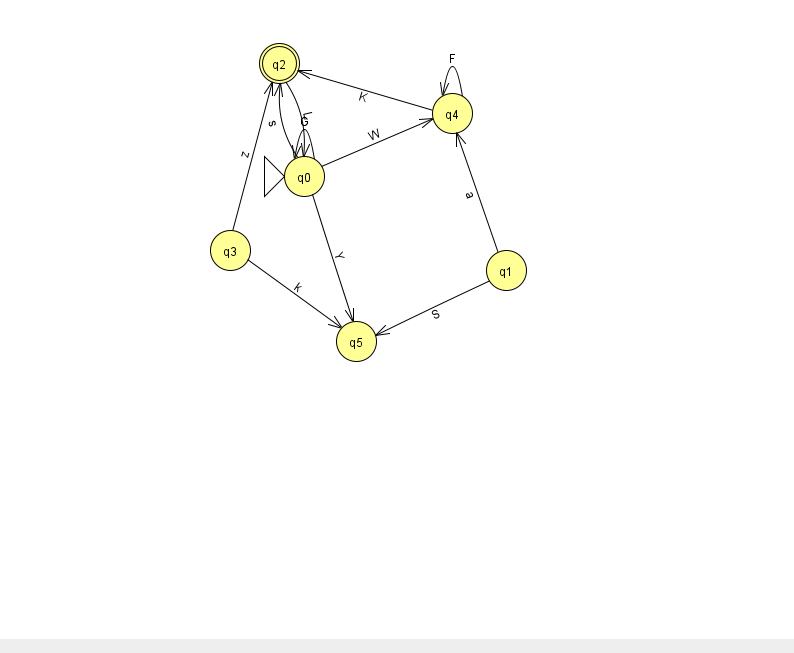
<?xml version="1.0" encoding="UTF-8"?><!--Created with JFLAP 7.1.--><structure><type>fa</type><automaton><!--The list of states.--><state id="0" name="q0"><x>304.0</x><y>163.0</y><initial/></state><state id="1" name="q1"><x>506.0</x><y>257.0</y></state><state id="2" name="q2"><x>279.0</x><y>50.0</y><final/></state><state id="3" name="q3"><x>230.0</x><y>237.0</y></state><state id="4" name="q4"><x>452.0</x><y>100.0</y></state><state id="5" name="q5"><x>356.0</x><y>328.0</y></state><!--The list of transitions.--><transition><from>1</from><to>4</to><read>a</read></transition><transition><from>0</from><to>4</to><read>W</read></transition><transition><from>3</from><to>5</to><read>k</read></transition><transition><from>0</from><to>2</to><read>s</read></transition><transition><from>0</from><to>5</to><read>Y</read></transition><transition><from>4</from><to>4</to><read>F</read></transition><transition><from>0</from><to>0</to><read>G</read></transition><transition><from>4</from><to>2</to><read>K</read></transition><transition><from>1</from><to>5</to><read>S</read></transition><transition><from>2</from><to>0</to><read>L</read></transition><transition><from>3</from><to>2</to><read>z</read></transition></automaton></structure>